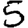
Digit: 5